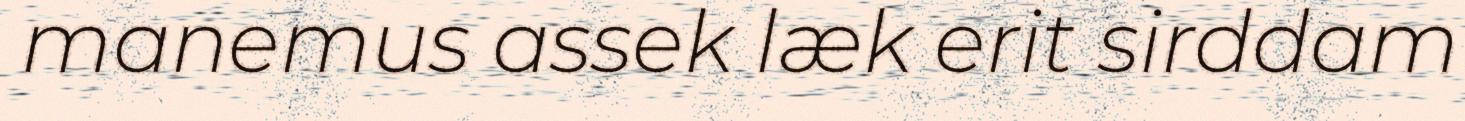
manemus assek læk erit sirddam